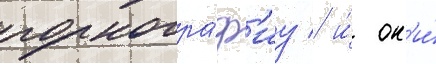
порногра́ф'иу / и́ он'и́